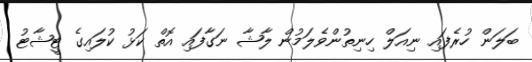
ބަލަން ހުރެފައި ނިއަލް ހިނިތުންވެލަމުން ލާޝާ ނަގާފައި އޮތް ކަޅު ކުލައިގެ ޓީޝާޓު